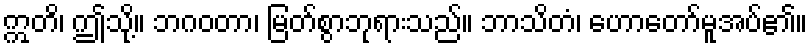
ဣတိ၊ ဤသို့။ ဘဂဝတာ၊ မြတ်စွာဘုရားသည်။ ဘာသိတံ၊ ဟောတော်မူအပ်၏။